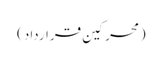
(محرکین قرارداد)